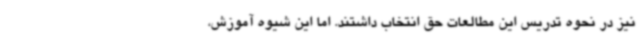
نیز در نحوه تدریس این مطالعات حق انتخاب داشتند. اما این شیوه آموزش،